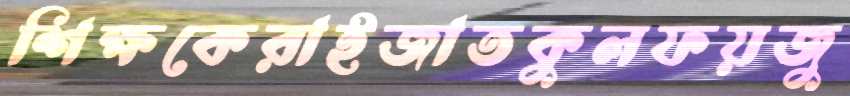
শিক্ষকেরাইজাতকুলফয়জু